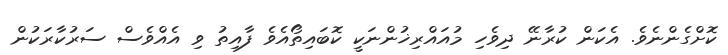
ކޮށްގެންނެވެ. އެކަން ކުރާނޭ ދިވެހި މުއައްރިޚުންނަކީ ކޮބައިތޯއެވެ ފާއިތު ވި އެއްވެސް ސަރުކާރަކުން